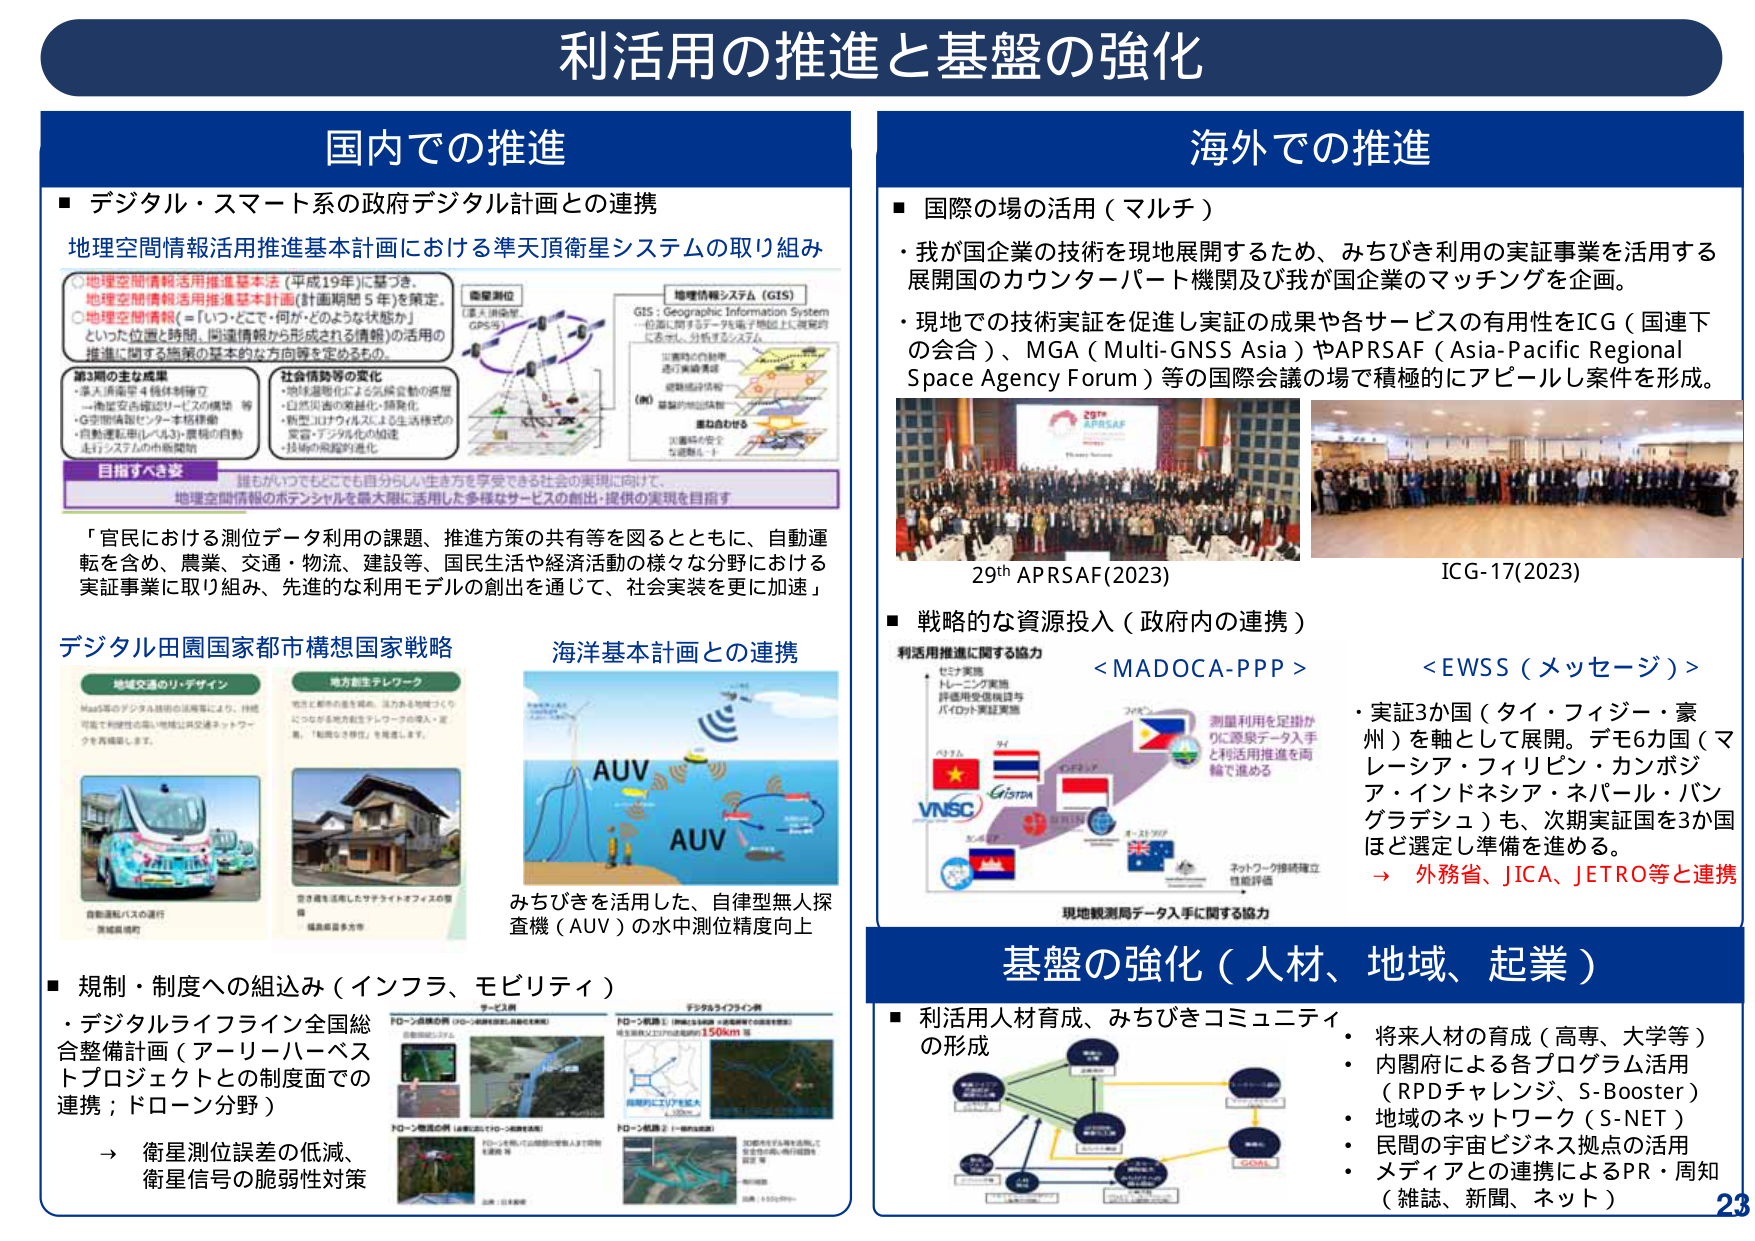
利活用の推進と基盤の強化

国内での推進
■ デジタル・スマート系の政府デジタル計画との連携
地理空間情報活用推進基本計画における準天頂衛星システムの取り組み
○ 地理空間情報活用推進基本法（平成19年）に基づき、
　地理空間情報活用推進基本計画（計画期間5年）を策定。
○ 地理空間情報（＝「いつ・どこで・何が・どのような状態か」
　といった位置と時間、同様情報から形成される情報）の活用の
　推進に関する施策の基本的な方向等を定めるもの。
第3期の主な成果
・準天頂衛星4機体制確立
・衛星安全確認サービスの構築 等
・G空間情報センターネット構築
・自動運転車レベル3・農機の自動
　走行システムの市販開始
社会情勢等の変化
・地球温暖化による気候変動の進展
・自然災害の激甚化・頻発化
・新型コロナウイルスによる生活様式の
　変容・デジタル化の加速
・技術の飛躍的進化
目指すべき姿
誰もがいつでもどこでも自分らしい生き方を享受できる社会の実現に向けて、
地理空間情報のポテンシャルを最大限に活用した多様なサービスの創出・提供の実現を目指す
「官民における測位データ利用の課題、推進方策の共有等を図るとともに、自動運転を含め、農業、交通・物流、建設等、国民生活や経済活動の様々な分野における実証事業に取り組み、先進的な利用モデルの創出を通じて、社会実装を更に加速」

デジタル田園国家都市構想国家戦略
地域交通のリ・デザイン
MaaS等のデジタル技術の活用等により、持続可能な利便性の高い地域公共交通ネットワークを再構築します。
地方創生テレワーク
地方と都市の連携を深め、活力ある地域づくりにつながる地方創生テレワークの導入・定着、「起業しやすい移住」を推進します。
自動運転バスの運行
→ 実証販売約
空き家を活用したサテライトオフィスの整備
→ 福島県喜多方市

海洋基本計画との連携
みちびきを活用した、自律型無人探査機（AUV）の水中測位精度向上

■ 規制・制度への組込み（インフラ、モビリティ）
・デジタルライフライン全国総合整備計画（アーリーハーベストプロジェクトとの制度面での連携；ドローン分野）
→ 衛星測位誤差の低減、
　衛星信号の脆弱性対策

海外での推進
■ 国際の場の活用（マルチ）
・我が国企業の技術を現地展開するため、みちびき利用の実証事業を活用する展開国のカウンターパート機関及び我が国企業のマッチングを企画。
・現地での技術実証を促進し実証の成果や各サービスの有用性をICG（国連下の会合）、MGA（Multi-GNSS Asia）やAPRSAF（Asia-Pacific Regional Space Agency Forum）等の国際会議の場で積極的にアピールし案件を形成。
29th APRSAF (2023)
ICG-17(2023)

■ 戦略的な資源投入（政府内の連携）
利活用推進に関する協力
< MADOCA-PPP >
< EWSS（メッセージ）>
・実証3か国（タイ・フィジー・豪州）を軸として展開。デモ6か国（マレーシア・フィリピン・カンボジア・インドネシア・ネパール・バングラデシュ）も、次期実証国を3か国ほど選定し準備を進める。
→ 外務省、JICA、JETRO等と連携

基盤の強化（人材、地域、起業）
■ 利活用人材育成、みちびきコミュニティの形成
・将来人材の育成（高専、大学等）
・内閣府による各プログラム活用（RPDチャレンジ、S-Booster）
・地域のネットワーク（S-NET）
・民間の宇宙ビジネス拠点の活用
・メディアとの連携によるPR・周知（雑誌、新聞、ネット）

23